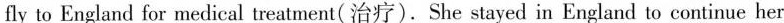
fly to England for medical treatment(治疗).She stayed in England to continue her